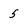
Character: 5